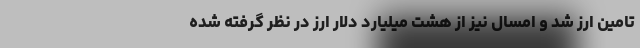
تامین ارز شد و امسال نیز از هشت میلیارد دلار ارز در نظر گرفته شده